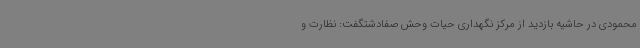
محمودی در حاشیه بازدید از مرکز نگهداری حیات وحش صفادشتگفت: نظارت و